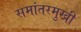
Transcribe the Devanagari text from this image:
समांतरमुखी